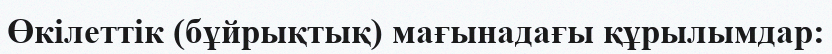
Өкілеттік (бұйрықтық) мағынадағы құрылымдар: